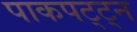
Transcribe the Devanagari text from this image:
पाकपट्ट्न